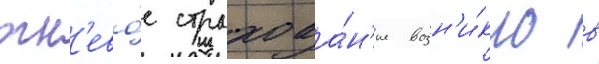
огн'ево́е страхова́н'ие возн'и́кло в